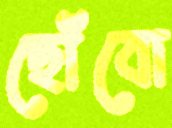
ছোঁবো